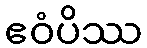
ဧဝံပိဿ